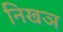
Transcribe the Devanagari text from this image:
निखञ